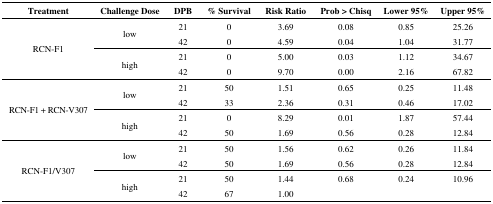
<table><thead><tr><td><b>Treatment</b></td><td><b>Challenge Dose</b></td><td><b>DPB</b></td><td><b>% Survival</b></td><td><b>Risk Ratio</b></td><td><b>Prob &gt; Chisq</b></td><td><b>Lower 95%</b></td><td><b>Upper 95%</b></td></tr></thead><tbody><tr><td rowspan="4">RCN-F1</td><td rowspan="2">low</td><td>21</td><td>0</td><td>3.69</td><td>0.08</td><td>0.85</td><td>25.26</td></tr><tr><td>42</td><td>0</td><td>4.59</td><td>0.04</td><td>1.04</td><td>31.77</td></tr><tr><td rowspan="2">high</td><td>21</td><td>0</td><td>5.00</td><td>0.03</td><td>1.12</td><td>34.67</td></tr><tr><td>42</td><td>0</td><td>9.70</td><td>0.00</td><td>2.16</td><td>67.82</td></tr><tr><td rowspan="4">RCN-F1 + RCN-V307</td><td rowspan="2">low</td><td>21</td><td>50</td><td>1.51</td><td>0.65</td><td>0.25</td><td>11.48</td></tr><tr><td>42</td><td>33</td><td>2.36</td><td>0.31</td><td>0.46</td><td>17.02</td></tr><tr><td rowspan="2">high</td><td>21</td><td>0</td><td>8.29</td><td>0.01</td><td>1.87</td><td>57.44</td></tr><tr><td>42</td><td>50</td><td>1.69</td><td>0.56</td><td>0.28</td><td>12.84</td></tr><tr><td rowspan="4">RCN-F1/V307</td><td rowspan="2">low</td><td>21</td><td>50</td><td>1.56</td><td>0.62</td><td>0.26</td><td>11.84</td></tr><tr><td>42</td><td>50</td><td>1.69</td><td>0.56</td><td>0.28</td><td>12.84</td></tr><tr><td rowspan="2">high</td><td>21</td><td>50</td><td>1.44</td><td>0.68</td><td>0.24</td><td>10.96</td></tr><tr><td>42</td><td>67</td><td>1.00</td><td></td><td></td><td></td></tr></tbody></table>